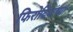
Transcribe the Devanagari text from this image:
फिरोदियांच्या